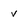
Character: v